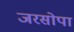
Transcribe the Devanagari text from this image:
जरसोपा